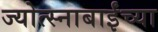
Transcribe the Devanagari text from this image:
ज्योत्स्नाबाईंच्या